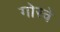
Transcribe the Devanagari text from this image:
गोरवे